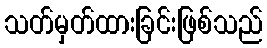
သတ်မှတ်ထားခြင်းဖြစ်သည်